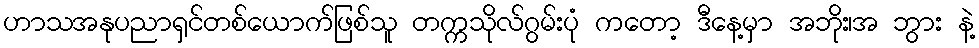
ဟာသအနုပညာရှင်တစ်ယောက်ဖြစ်သူ တက္ကသိုလ်ဂွမ်းပုံ ကတော့ ဒီနေ့မှာ အဘိုး၊အ ဘွား နဲ့